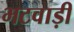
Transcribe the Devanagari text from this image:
भटवाड़ी